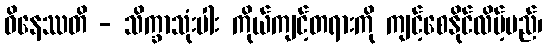
ဝိနေဿတိ - သိက္ခာသုံးပါး ကိုယ်ကျင့်တရားကို ကျင့်စေနိုင်လိမ့်မည်၊